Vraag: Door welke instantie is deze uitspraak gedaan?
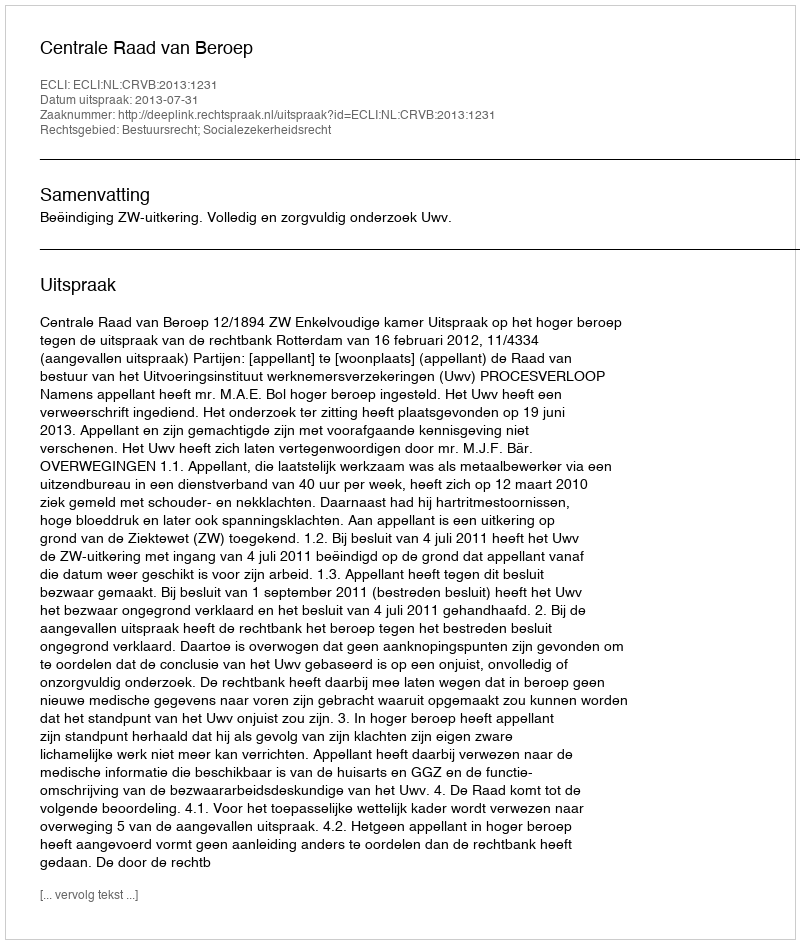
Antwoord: Centrale Raad van Beroep